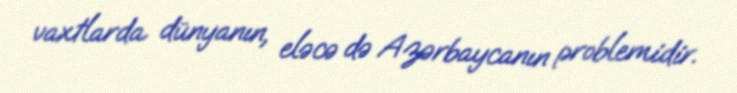
vaxtlarda dünyanın, eləcə də Azərbaycanın problemidir.